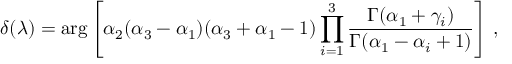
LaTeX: \delta ( \lambda ) = \arg \left[ \alpha _ { 2 } ( \alpha _ { 3 } - \alpha _ { 1 } ) ( \alpha _ { 3 } + \alpha _ { 1 } - 1 ) \prod _ { i = 1 } ^ { 3 } \frac { \Gamma ( \alpha _ { 1 } + \gamma _ { i } ) } { \Gamma ( \alpha _ { 1 } - \alpha _ { i } + 1 ) } \right] \, ,